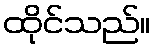
ထိုင်သည်။